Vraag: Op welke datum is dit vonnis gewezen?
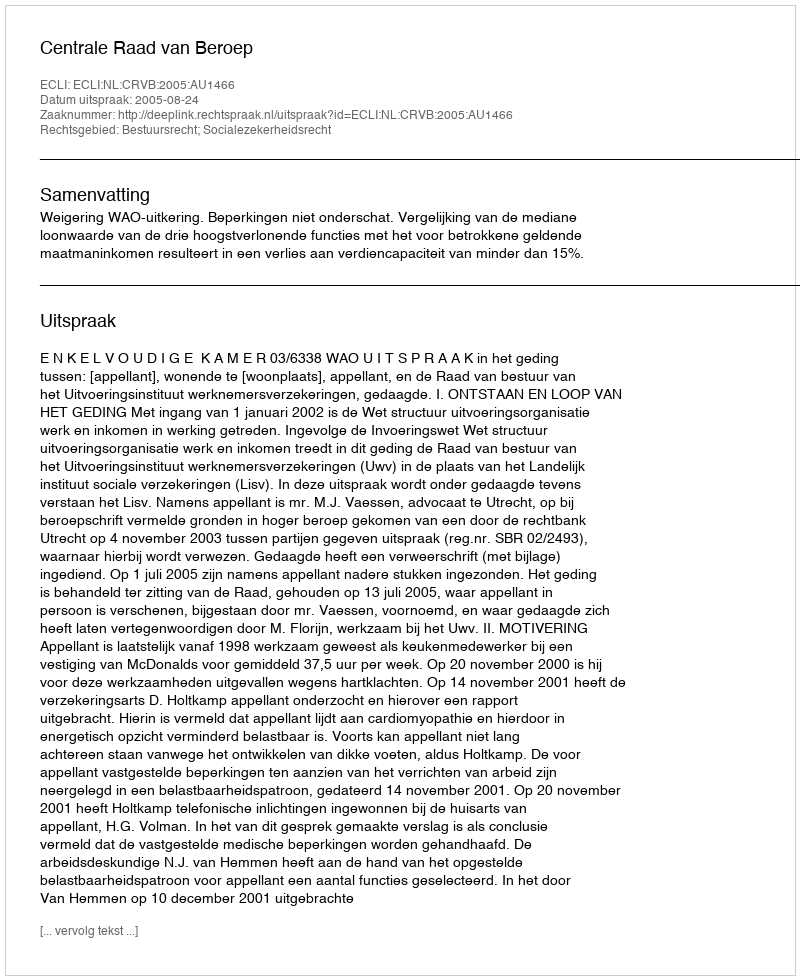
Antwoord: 2005-08-24